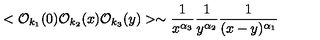
< { \cal O } _ { k _ { 1 } } ( 0 ) { \cal O } _ { k _ { 2 } } ( x ) { \cal O } _ { k _ { 3 } } ( y ) > \sim \frac { 1 } { x ^ { \alpha _ { 3 } } } \frac { 1 } { y ^ { \alpha _ { 2 } } } \frac { 1 } { ( x - y ) ^ { \alpha _ { 1 } } }